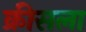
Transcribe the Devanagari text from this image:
क्रीसला